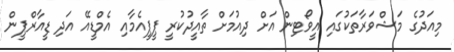
މިއަދުގެ މަޝްވަރާތަކުގައި އީވޯޓިން އަށް ދިއުމަށް ތާއީދުކުރީ ޕީޕީއެމާއި އެމްޑީއޭ އަދި ޑީއާރްޕީން